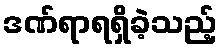
ဒဏ်ရာရရှိခဲ့သည့်